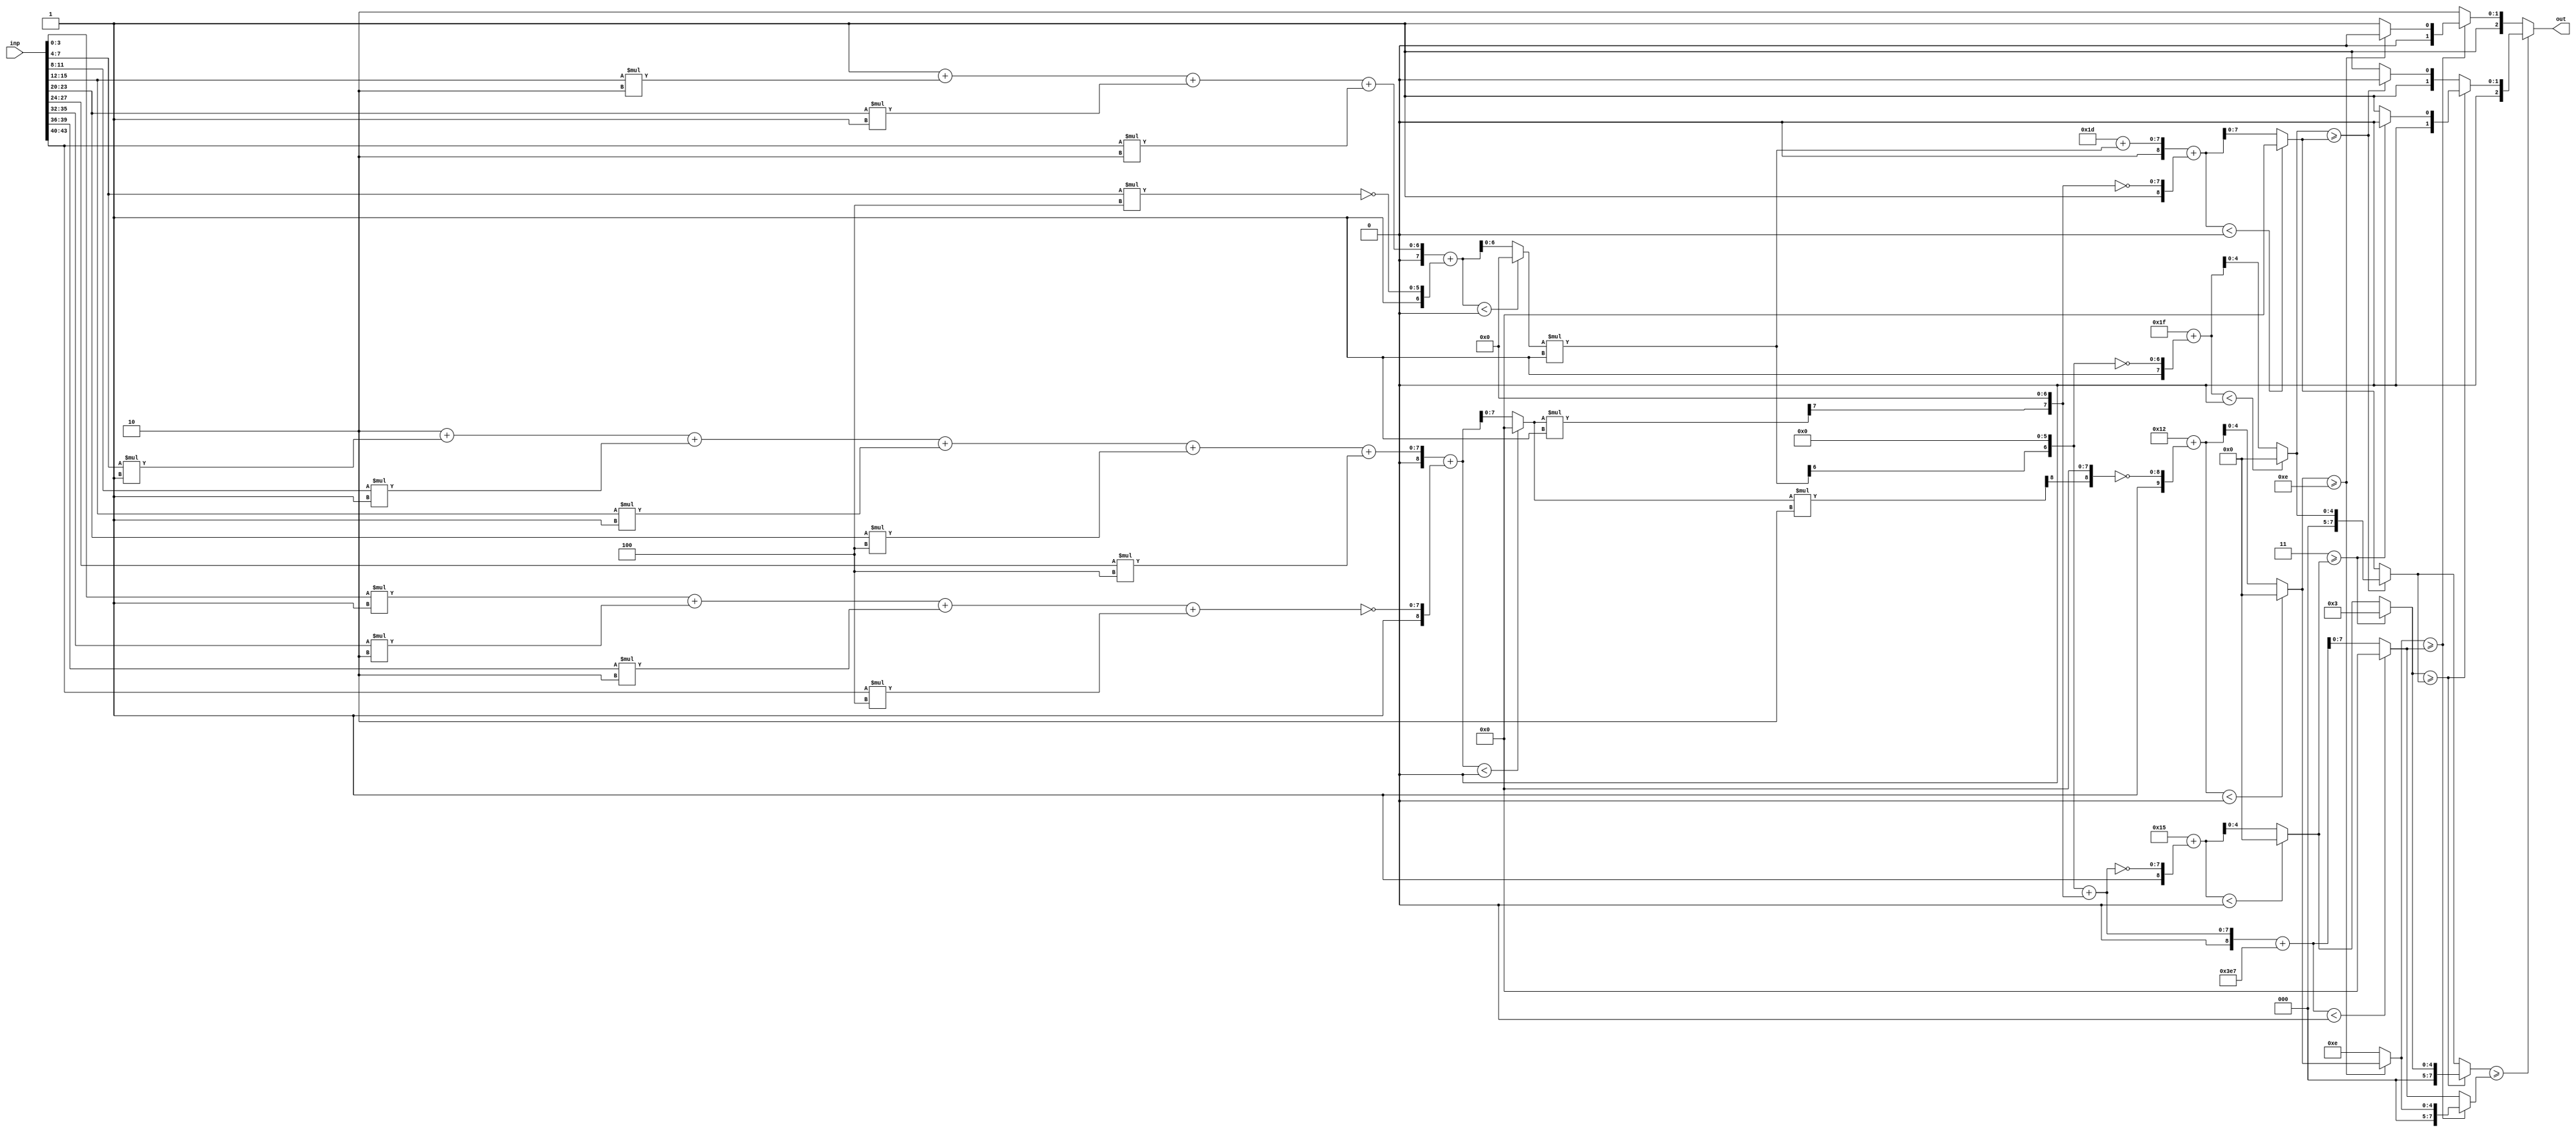
//AX Config: [0.33, 7.0, 1, 0.722, 0.5136]
//THL0: 0.33
//THL1: 7.0
//MSB: 1
//weights: [[[0, -4, 0, 2, 0, 1, 0, 0, 0, 0, 2], [0, 0, -2, -1, 0, 0, -2, 1, 1, 1, 4], [-1, 1, 1, 1, 0, 4, 4, 0, -2, -2, -4], [0, 1, 0, -1, 0, -1, 2, 0, 0, 0, -8]], [[0, 0, 0, 0], [-1, 0, -1, 0], [-1, 0, 0, 0], [1, 0, -1, 0], [0, 0, -2, 0], [0, 0, 0, 0], [1, 0, 1, -2]]]
//intercepts: [[1, -22, 2, 21], [3, 21, 31, 29, 18, 14, -24]]
//ax width : [[[(0, 0), (6, 0), (0, 0), (5, 0), (0, 0), (4, 0), (0, 0), (0, 0), (0, 0), (0, 0), (5, 0)], [(0, 0), (0, 0), (5, 0), (4, 4), (0, 0), (0, 0), (5, 0), (4, 4), (4, 0), (4, 4), (6, 0)], [(4, 0), (4, 0), (4, 0), (4, 0), (0, 0), (6, 0), (6, 0), (0, 0), (5, 0), (5, 0), (6, 0)], [(0, 0), (4, 4), (0, 0), (4, 4), (0, 0), (4, 4), (5, 0), (0, 0), (0, 0), (0, 0), (7, 0)]], [[(0, 0), (0, 0), (0, 0), (0, 0)], [(7, 7), (0, 0), (8, 8), (0, 0)], [(7, 7), (0, 0), (0, 0), (0, 0)], [(7, 0), (0, 0), (8, 8), (0, 0)], [(0, 0), (0, 0), (9, 9), (0, 0)], [(0, 0), (0, 0), (0, 0), (0, 0)], [(7, 7), (0, 0), (8, 8), (9, 9)]]]
module top (inp, out);
input [43:0] inp;
output [2:0] out;

// layer: 0 - neuron: 0
    //weight 0 : skip
    //weight abs(-4) : 3'b100
    wire [5:0] n_0_0_po_1, n_0_0_po_1_ax;
    assign n_0_0_po_1 = $unsigned(inp[7:4]) * $unsigned(3'b100);
    assign n_0_0_po_1_ax = n_0_0_po_1[5:0];

    //weight 0 : skip
    //weight 2 : 2'b10
    wire [4:0] n_0_0_po_3, n_0_0_po_3_ax;
    assign n_0_0_po_3 = $unsigned(inp[15:12]) * $unsigned(2'b10);
    assign n_0_0_po_3_ax = n_0_0_po_3[4:0];

    //weight 0 : skip
    //weight 1 : 1'b1
    wire [3:0] n_0_0_po_5, n_0_0_po_5_ax;
    assign n_0_0_po_5 = $unsigned(inp[23:20]) * $unsigned(1'b1);
    assign n_0_0_po_5_ax = n_0_0_po_5[3:0];

    //weight 0 : skip
    //weight 0 : skip
    //weight 0 : skip
    //weight 0 : skip
    //weight 2 : 2'b10
    wire [4:0] n_0_0_po_10, n_0_0_po_10_ax;
    assign n_0_0_po_10 = $unsigned(inp[43:40]) * $unsigned(2'b10);
    assign n_0_0_po_10_ax = n_0_0_po_10[4:0];

    //accumulate positive/negative subproducts
    wire [6:0] n_0_0_sum_pos;
    assign n_0_0_sum_pos = 1'b1 + n_0_0_po_3_ax + n_0_0_po_5_ax + n_0_0_po_10_ax;
    wire [5:0] n_0_0_sum_neg;
    assign n_0_0_sum_neg = n_0_0_po_1_ax;
    wire signed [7:0] n_0_0_sum;
    assign n_0_0_sum = $signed({1'b0,n_0_0_sum_pos}) + $signed({1'b1,~n_0_0_sum_neg});

    //relu
    wire [6:0] n_0_0;
    assign n_0_0 = (n_0_0_sum<0) ? $unsigned({7{1'b0}}) : $unsigned(n_0_0_sum[6:0]);

// layer: 0 - neuron: 1
    //weight 0 : skip
    //weight 0 : skip
    //weight abs(-2) : 2'b10
    wire [4:0] n_0_1_po_2, n_0_1_po_2_ax;
    assign n_0_1_po_2 = $unsigned(inp[11:8]) * $unsigned(2'b10);
    assign n_0_1_po_2_ax = n_0_1_po_2[4:0];

    //weight abs(-1) : 1'b1
    wire [3:0] n_0_1_po_3, n_0_1_po_3_ax;
    assign n_0_1_po_3 = $unsigned(inp[15:12]) * $unsigned(1'b1);
    assign n_0_1_po_3_ax = {n_0_1_po_3[3], {3{1'b0}}};

    //weight 0 : skip
    //weight 0 : skip
    //weight abs(-2) : 2'b10
    wire [4:0] n_0_1_po_6, n_0_1_po_6_ax;
    assign n_0_1_po_6 = $unsigned(inp[27:24]) * $unsigned(2'b10);
    assign n_0_1_po_6_ax = n_0_1_po_6[4:0];

    //weight 1 : 1'b1
    wire [3:0] n_0_1_po_7, n_0_1_po_7_ax;
    assign n_0_1_po_7 = $unsigned(inp[31:28]) * $unsigned(1'b1);
    assign n_0_1_po_7_ax = {n_0_1_po_7[3], {3{1'b0}}};

    //weight 1 : 1'b1
    wire [3:0] n_0_1_po_8, n_0_1_po_8_ax;
    assign n_0_1_po_8 = $unsigned(inp[35:32]) * $unsigned(1'b1);
    assign n_0_1_po_8_ax = n_0_1_po_8[3:0];

    //weight 1 : 1'b1
    wire [3:0] n_0_1_po_9, n_0_1_po_9_ax;
    assign n_0_1_po_9 = $unsigned(inp[39:36]) * $unsigned(1'b1);
    assign n_0_1_po_9_ax = {n_0_1_po_9[3], {3{1'b0}}};

    //weight 4 : 3'b100
    wire [5:0] n_0_1_po_10, n_0_1_po_10_ax;
    assign n_0_1_po_10 = $unsigned(inp[43:40]) * $unsigned(3'b100);
    assign n_0_1_po_10_ax = n_0_1_po_10[5:0];

    //accumulate positive/negative subproducts
    wire [6:0] n_0_1_sum_pos;
    assign n_0_1_sum_pos = n_0_1_po_7_ax + n_0_1_po_8_ax + n_0_1_po_9_ax + n_0_1_po_10_ax;
    wire [6:0] n_0_1_sum_neg;
    assign n_0_1_sum_neg = 5'b10110 + n_0_1_po_2_ax + n_0_1_po_3_ax + n_0_1_po_6_ax;
    wire signed [7:0] n_0_1_sum;
    assign n_0_1_sum = $signed({1'b0,n_0_1_sum_pos}) + $signed({1'b1,~n_0_1_sum_neg});

    //relu
    wire [6:0] n_0_1;
    assign n_0_1 = (n_0_1_sum<0) ? $unsigned({7{1'b0}}) : $unsigned(n_0_1_sum[6:0]);

// layer: 0 - neuron: 2
    //weight abs(-1) : 1'b1
    wire [3:0] n_0_2_po_0, n_0_2_po_0_ax;
    assign n_0_2_po_0 = $unsigned(inp[3:0]) * $unsigned(1'b1);
    assign n_0_2_po_0_ax = n_0_2_po_0[3:0];

    //weight 1 : 1'b1
    wire [3:0] n_0_2_po_1, n_0_2_po_1_ax;
    assign n_0_2_po_1 = $unsigned(inp[7:4]) * $unsigned(1'b1);
    assign n_0_2_po_1_ax = n_0_2_po_1[3:0];

    //weight 1 : 1'b1
    wire [3:0] n_0_2_po_2, n_0_2_po_2_ax;
    assign n_0_2_po_2 = $unsigned(inp[11:8]) * $unsigned(1'b1);
    assign n_0_2_po_2_ax = n_0_2_po_2[3:0];

    //weight 1 : 1'b1
    wire [3:0] n_0_2_po_3, n_0_2_po_3_ax;
    assign n_0_2_po_3 = $unsigned(inp[15:12]) * $unsigned(1'b1);
    assign n_0_2_po_3_ax = n_0_2_po_3[3:0];

    //weight 0 : skip
    //weight 4 : 3'b100
    wire [5:0] n_0_2_po_5, n_0_2_po_5_ax;
    assign n_0_2_po_5 = $unsigned(inp[23:20]) * $unsigned(3'b100);
    assign n_0_2_po_5_ax = n_0_2_po_5[5:0];

    //weight 4 : 3'b100
    wire [5:0] n_0_2_po_6, n_0_2_po_6_ax;
    assign n_0_2_po_6 = $unsigned(inp[27:24]) * $unsigned(3'b100);
    assign n_0_2_po_6_ax = n_0_2_po_6[5:0];

    //weight 0 : skip
    //weight abs(-2) : 2'b10
    wire [4:0] n_0_2_po_8, n_0_2_po_8_ax;
    assign n_0_2_po_8 = $unsigned(inp[35:32]) * $unsigned(2'b10);
    assign n_0_2_po_8_ax = n_0_2_po_8[4:0];

    //weight abs(-2) : 2'b10
    wire [4:0] n_0_2_po_9, n_0_2_po_9_ax;
    assign n_0_2_po_9 = $unsigned(inp[39:36]) * $unsigned(2'b10);
    assign n_0_2_po_9_ax = n_0_2_po_9[4:0];

    //weight abs(-4) : 3'b100
    wire [5:0] n_0_2_po_10, n_0_2_po_10_ax;
    assign n_0_2_po_10 = $unsigned(inp[43:40]) * $unsigned(3'b100);
    assign n_0_2_po_10_ax = n_0_2_po_10[5:0];

    //accumulate positive/negative subproducts
    wire [7:0] n_0_2_sum_pos;
    assign n_0_2_sum_pos = 2'b10 + n_0_2_po_1_ax + n_0_2_po_2_ax + n_0_2_po_3_ax + n_0_2_po_5_ax + n_0_2_po_6_ax;
    wire [7:0] n_0_2_sum_neg;
    assign n_0_2_sum_neg = n_0_2_po_0_ax + n_0_2_po_8_ax + n_0_2_po_9_ax + n_0_2_po_10_ax;
    wire signed [8:0] n_0_2_sum;
    assign n_0_2_sum = $signed({1'b0,n_0_2_sum_pos}) + $signed({1'b1,~n_0_2_sum_neg});

    //relu
    wire [7:0] n_0_2;
    assign n_0_2 = (n_0_2_sum<0) ? $unsigned({8{1'b0}}) : $unsigned(n_0_2_sum[7:0]);

// layer: 0 - neuron: 3
    //weight 0 : skip
    //weight 1 : 1'b1
    wire [3:0] n_0_3_po_1, n_0_3_po_1_ax;
    assign n_0_3_po_1 = $unsigned(inp[7:4]) * $unsigned(1'b1);
    assign n_0_3_po_1_ax = {n_0_3_po_1[3], {3{1'b0}}};

    //weight 0 : skip
    //weight abs(-1) : 1'b1
    wire [3:0] n_0_3_po_3, n_0_3_po_3_ax;
    assign n_0_3_po_3 = $unsigned(inp[15:12]) * $unsigned(1'b1);
    assign n_0_3_po_3_ax = {n_0_3_po_3[3], {3{1'b0}}};

    //weight 0 : skip
    //weight abs(-1) : 1'b1
    wire [3:0] n_0_3_po_5, n_0_3_po_5_ax;
    assign n_0_3_po_5 = $unsigned(inp[23:20]) * $unsigned(1'b1);
    assign n_0_3_po_5_ax = {n_0_3_po_5[3], {3{1'b0}}};

    //weight 2 : 2'b10
    wire [4:0] n_0_3_po_6, n_0_3_po_6_ax;
    assign n_0_3_po_6 = $unsigned(inp[27:24]) * $unsigned(2'b10);
    assign n_0_3_po_6_ax = n_0_3_po_6[4:0];

    //weight 0 : skip
    //weight 0 : skip
    //weight 0 : skip
    //weight abs(-8) : 4'b1000
    wire [6:0] n_0_3_po_10, n_0_3_po_10_ax;
    assign n_0_3_po_10 = $unsigned(inp[43:40]) * $unsigned(4'b1000);
    assign n_0_3_po_10_ax = n_0_3_po_10[6:0];

    //accumulate positive/negative subproducts
    wire [5:0] n_0_3_sum_pos;
    assign n_0_3_sum_pos = 5'b10101 + n_0_3_po_1_ax + n_0_3_po_6_ax;
    wire [7:0] n_0_3_sum_neg;
    assign n_0_3_sum_neg = n_0_3_po_3_ax + n_0_3_po_5_ax + n_0_3_po_10_ax;
    wire signed [8:0] n_0_3_sum;
    assign n_0_3_sum = $signed({1'b0,n_0_3_sum_pos}) + $signed({1'b1,~n_0_3_sum_neg});

    //relu
    wire [5:0] n_0_3;
    assign n_0_3 = (n_0_3_sum<0) ? $unsigned({6{1'b0}}) : $unsigned(n_0_3_sum[5:0]);

// layer: 1 - neuron: 0
    //weight 0 : skip
    //weight 0 : skip
    //weight 0 : skip
    //weight 0 : skip
    //accumulate positive/negative subproducts
    wire [1:0] n_1_0_sum_pos;
    assign n_1_0_sum_pos = 2'b11;

    //WARN: only positive weights. Using identity
    wire [1:0] n_1_0;
    assign n_1_0 = n_1_0_sum_pos;

// layer: 1 - neuron: 1
    //weight abs(-1) : 1'b1
    wire [6:0] n_1_1_po_0, n_1_1_po_0_ax;
    assign n_1_1_po_0 = $unsigned(n_0_0) * $unsigned(1'b1);
    assign n_1_1_po_0_ax = {n_1_1_po_0[6], {6{1'b0}}};

    //weight 0 : skip
    //weight abs(-1) : 1'b1
    wire [7:0] n_1_1_po_2, n_1_1_po_2_ax;
    assign n_1_1_po_2 = $unsigned(n_0_2) * $unsigned(1'b1);
    assign n_1_1_po_2_ax = {n_1_1_po_2[7], {7{1'b0}}};

    //weight 0 : skip
    //accumulate positive/negative subproducts
    wire [4:0] n_1_1_sum_pos;
    assign n_1_1_sum_pos = 5'b10101;
    wire [7:0] n_1_1_sum_neg;
    assign n_1_1_sum_neg = n_1_1_po_0_ax + n_1_1_po_2_ax;
    wire signed [8:0] n_1_1_sum;
    assign n_1_1_sum = $signed({1'b0,n_1_1_sum_pos}) + $signed({1'b1,~n_1_1_sum_neg});

    //relu
    wire [4:0] n_1_1;
    assign n_1_1 = (n_1_1_sum<0) ? $unsigned({5{1'b0}}) : $unsigned(n_1_1_sum[4:0]);

// layer: 1 - neuron: 2
    //weight abs(-1) : 1'b1
    wire [6:0] n_1_2_po_0, n_1_2_po_0_ax;
    assign n_1_2_po_0 = $unsigned(n_0_0) * $unsigned(1'b1);
    assign n_1_2_po_0_ax = {n_1_2_po_0[6], {6{1'b0}}};

    //weight 0 : skip
    //weight 0 : skip
    //weight 0 : skip
    //accumulate positive/negative subproducts
    wire [4:0] n_1_2_sum_pos;
    assign n_1_2_sum_pos = 5'b11111;
    wire [6:0] n_1_2_sum_neg;
    assign n_1_2_sum_neg = n_1_2_po_0_ax;
    wire signed [7:0] n_1_2_sum;
    assign n_1_2_sum = $signed({1'b0,n_1_2_sum_pos}) + $signed({1'b1,~n_1_2_sum_neg});

    //relu
    wire [4:0] n_1_2;
    assign n_1_2 = (n_1_2_sum<0) ? $unsigned({5{1'b0}}) : $unsigned(n_1_2_sum[4:0]);

// layer: 1 - neuron: 3
    //weight 1 : 1'b1
    wire [6:0] n_1_3_po_0, n_1_3_po_0_ax;
    assign n_1_3_po_0 = $unsigned(n_0_0) * $unsigned(1'b1);
    assign n_1_3_po_0_ax = n_1_3_po_0[6:0];

    //weight 0 : skip
    //weight abs(-1) : 1'b1
    wire [7:0] n_1_3_po_2, n_1_3_po_2_ax;
    assign n_1_3_po_2 = $unsigned(n_0_2) * $unsigned(1'b1);
    assign n_1_3_po_2_ax = {n_1_3_po_2[7], {7{1'b0}}};

    //weight 0 : skip
    //accumulate positive/negative subproducts
    wire [7:0] n_1_3_sum_pos;
    assign n_1_3_sum_pos = 5'b11101 + n_1_3_po_0_ax;
    wire [7:0] n_1_3_sum_neg;
    assign n_1_3_sum_neg = n_1_3_po_2_ax;
    wire signed [8:0] n_1_3_sum;
    assign n_1_3_sum = $signed({1'b0,n_1_3_sum_pos}) + $signed({1'b1,~n_1_3_sum_neg});

    //relu
    wire [7:0] n_1_3;
    assign n_1_3 = (n_1_3_sum<0) ? $unsigned({8{1'b0}}) : $unsigned(n_1_3_sum[7:0]);

// layer: 1 - neuron: 4
    //weight 0 : skip
    //weight 0 : skip
    //weight abs(-2) : 2'b10
    wire [8:0] n_1_4_po_2, n_1_4_po_2_ax;
    assign n_1_4_po_2 = $unsigned(n_0_2) * $unsigned(2'b10);
    assign n_1_4_po_2_ax = {n_1_4_po_2[8], {8{1'b0}}};

    //weight 0 : skip
    //accumulate positive/negative subproducts
    wire [4:0] n_1_4_sum_pos;
    assign n_1_4_sum_pos = 5'b10010;
    wire [8:0] n_1_4_sum_neg;
    assign n_1_4_sum_neg = n_1_4_po_2_ax;
    wire signed [9:0] n_1_4_sum;
    assign n_1_4_sum = $signed({1'b0,n_1_4_sum_pos}) + $signed({1'b1,~n_1_4_sum_neg});

    //relu
    wire [4:0] n_1_4;
    assign n_1_4 = (n_1_4_sum<0) ? $unsigned({5{1'b0}}) : $unsigned(n_1_4_sum[4:0]);

// layer: 1 - neuron: 5
    //weight 0 : skip
    //weight 0 : skip
    //weight 0 : skip
    //weight 0 : skip
    //accumulate positive/negative subproducts
    wire [3:0] n_1_5_sum_pos;
    assign n_1_5_sum_pos = 4'b1110;

    //WARN: only positive weights. Using identity
    wire [3:0] n_1_5;
    assign n_1_5 = n_1_5_sum_pos;

// layer: 1 - neuron: 6
    //weight 1 : 1'b1
    wire [6:0] n_1_6_po_0, n_1_6_po_0_ax;
    assign n_1_6_po_0 = $unsigned(n_0_0) * $unsigned(1'b1);
    assign n_1_6_po_0_ax = {n_1_6_po_0[6], {6{1'b0}}};

    //weight 0 : skip
    //weight 1 : 1'b1
    wire [7:0] n_1_6_po_2, n_1_6_po_2_ax;
    assign n_1_6_po_2 = $unsigned(n_0_2) * $unsigned(1'b1);
    assign n_1_6_po_2_ax = {n_1_6_po_2[7], {7{1'b0}}};

    //weight abs(-2) : 2'b10
    wire [8:0] n_1_6_po_3, n_1_6_po_3_ax;
    assign n_1_6_po_3 = $unsigned(n_0_3) * $unsigned(2'b10);
    assign n_1_6_po_3_ax = {n_1_6_po_3[8], {8{1'b0}}};

    //accumulate positive/negative subproducts
    wire [7:0] n_1_6_sum_pos;
    assign n_1_6_sum_pos = n_1_6_po_0_ax + n_1_6_po_2_ax;
    wire [8:0] n_1_6_sum_neg;
    assign n_1_6_sum_neg = 5'b11000 + n_1_6_po_3_ax;
    wire signed [9:0] n_1_6_sum;
    assign n_1_6_sum = $signed({1'b0,n_1_6_sum_pos}) + $signed({1'b1,~n_1_6_sum_neg});

    //relu
    wire [7:0] n_1_6;
    assign n_1_6 = (n_1_6_sum<0) ? $unsigned({8{1'b0}}) : $unsigned(n_1_6_sum[7:0]);

// argmax: 7 classes, need 3 bits
// argmax inp: n_1_0, n_1_1, n_1_2, n_1_3, n_1_4, n_1_5, n_1_6
    //comp level 0
    wire cmp_0_0;
    wire [7:0] argmax_val_0_0;
    wire [2:0] argmax_idx_0_0;
    assign {cmp_0_0} = ( n_1_0 >= n_1_1 );
    assign {argmax_val_0_0} = ( cmp_0_0 ) ? n_1_0 : n_1_1;
    assign {argmax_idx_0_0} = ( cmp_0_0 ) ? 3'b000 : 3'b001;

    wire cmp_0_2;
    wire [7:0] argmax_val_0_2;
    wire [2:0] argmax_idx_0_2;
    assign {cmp_0_2} = ( n_1_2 >= n_1_3 );
    assign {argmax_val_0_2} = ( cmp_0_2 ) ? n_1_2 : n_1_3;
    assign {argmax_idx_0_2} = ( cmp_0_2 ) ? 3'b010 : 3'b011;

    wire cmp_0_4;
    wire [7:0] argmax_val_0_4;
    wire [2:0] argmax_idx_0_4;
    assign {cmp_0_4} = ( n_1_4 >= n_1_5 );
    assign {argmax_val_0_4} = ( cmp_0_4 ) ? n_1_4 : n_1_5;
    assign {argmax_idx_0_4} = ( cmp_0_4 ) ? 3'b100 : 3'b101;

    //comp level 1
    wire cmp_1_0;
    wire [7:0] argmax_val_1_0;
    wire [2:0] argmax_idx_1_0;
    assign {cmp_1_0} = ( argmax_val_0_0 >= argmax_val_0_2 );
    assign {argmax_val_1_0} = ( cmp_1_0 ) ? argmax_val_0_0 : argmax_val_0_2;
    assign {argmax_idx_1_0} = ( cmp_1_0 ) ? argmax_idx_0_0 : argmax_idx_0_2;

    wire cmp_1_2;
    wire [7:0] argmax_val_1_2;
    wire [2:0] argmax_idx_1_2;
    assign {cmp_1_2} = ( argmax_val_0_4 >= n_1_6 );
    assign {argmax_val_1_2} = ( cmp_1_2 ) ? argmax_val_0_4 : n_1_6;
    assign {argmax_idx_1_2} = ( cmp_1_2 ) ? argmax_idx_0_4 : 3'b110;

    //comp level 2
    wire cmp_2_0;
    wire [7:0] argmax_val_2_0;
    wire [2:0] argmax_idx_2_0;
    assign {cmp_2_0} = ( argmax_val_1_0 >= argmax_val_1_2 );
    assign {argmax_val_2_0} = ( cmp_2_0 ) ? argmax_val_1_0 : argmax_val_1_2;
    assign {argmax_idx_2_0} = ( cmp_2_0 ) ? argmax_idx_1_0 : argmax_idx_1_2;

    assign out = argmax_idx_2_0;

endmodule